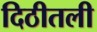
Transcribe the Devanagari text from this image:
दिठीतली